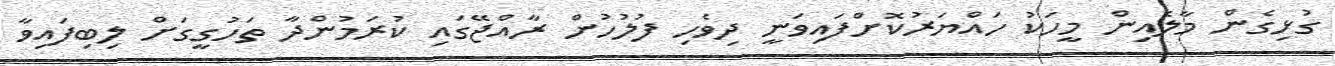
ގުޅިގެން މާލެއިން މީހަކު ހައްޔަރުކޮށްފައިވަނީ ދިވެހި ފުލުހުން ރާއްޖޭގައި ކުރަމުންދާ ތަހުގީގަށް ލިބިފައިވާ